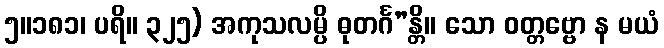
၅။၁၈၁၊ ပရိ။ ၃၂၅) အကုသလမ္ပိ ဓုတင်္ဂ”န္တိ။ သော ဝတ္တဗ္ဗော န မယံ